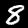
Digit: 8